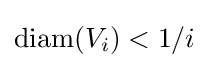
\operatorname {diam} (V_{i})<1/i